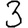
Digit: 3